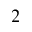
2